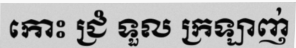
កោះ ជ្រំ ទួល ក្រឡាញ់